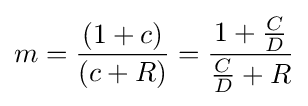
m={\frac {(1+c)}{(c+R)}}={\frac {1+{\frac {C}{D}}}{{\frac {C}{D}}+R}}